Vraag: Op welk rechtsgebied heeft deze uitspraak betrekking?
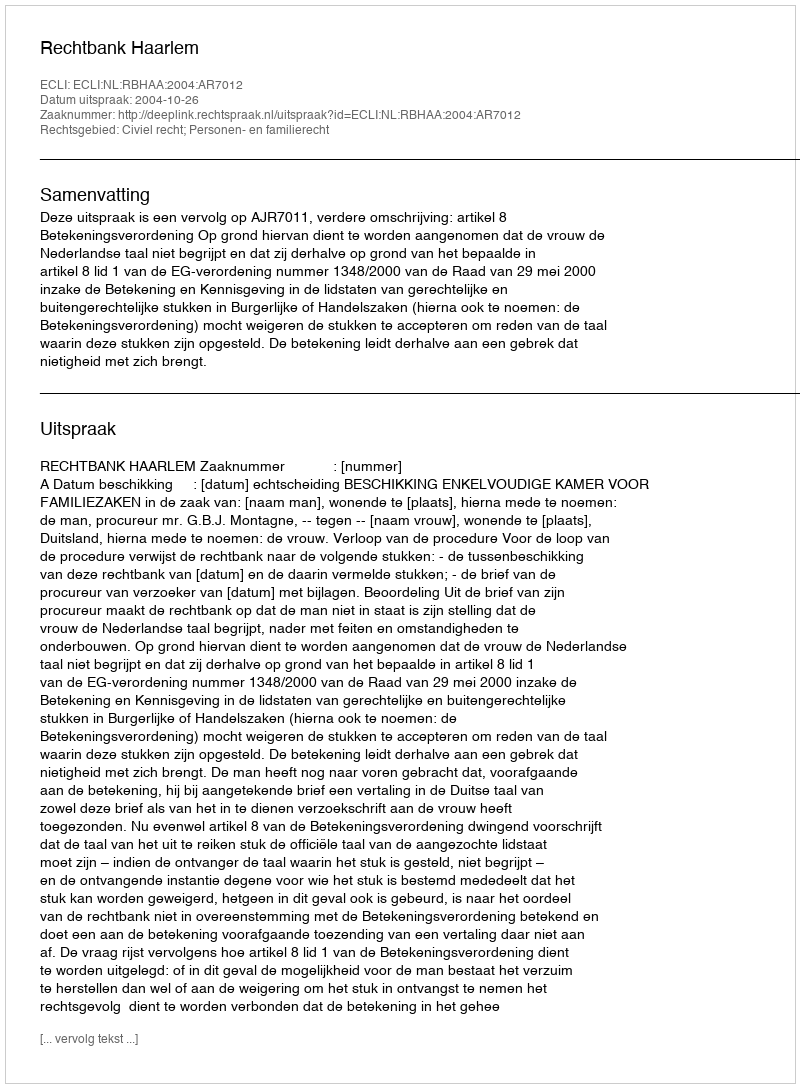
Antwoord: Civiel recht; Personen- en familierecht